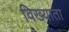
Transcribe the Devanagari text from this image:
विख्याता